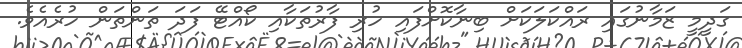
ގަދީމީ ޒަމާނުގައި ރައްކަލަކަށް ބިނާކޮށްފައި ހުރި ފާރުތަކާއި ކޯއްޓޭ ފަދަ ތަންތަން ހުރެއެވެ.